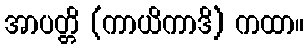
အာပတ္တိ (ကာယိကာဒိ) ကထာ။